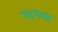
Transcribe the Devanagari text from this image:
उद्‌धस्त